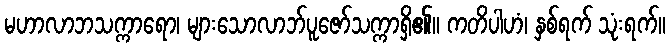
မဟာလာဘသက္ကာရော၊ များသောလာဘ်ပူဇော်သက္ကာရှိ၏။ ကတိပါဟံ၊ နှစ်ရက် သုံးရက်။